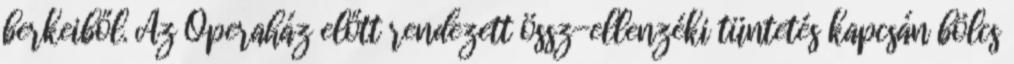
berkeiből. Az Operaház előtt rendezett össz-ellenzéki tüntetés kapcsán bölcs